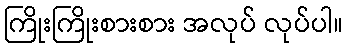
ကြိုးကြိုးစားစား အလုပ် လုပ်ပါ။